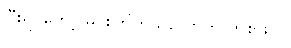
ပြီးရင်တော့ မင်းကြိုက်သလောက် ကစားပါ။